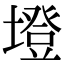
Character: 墱